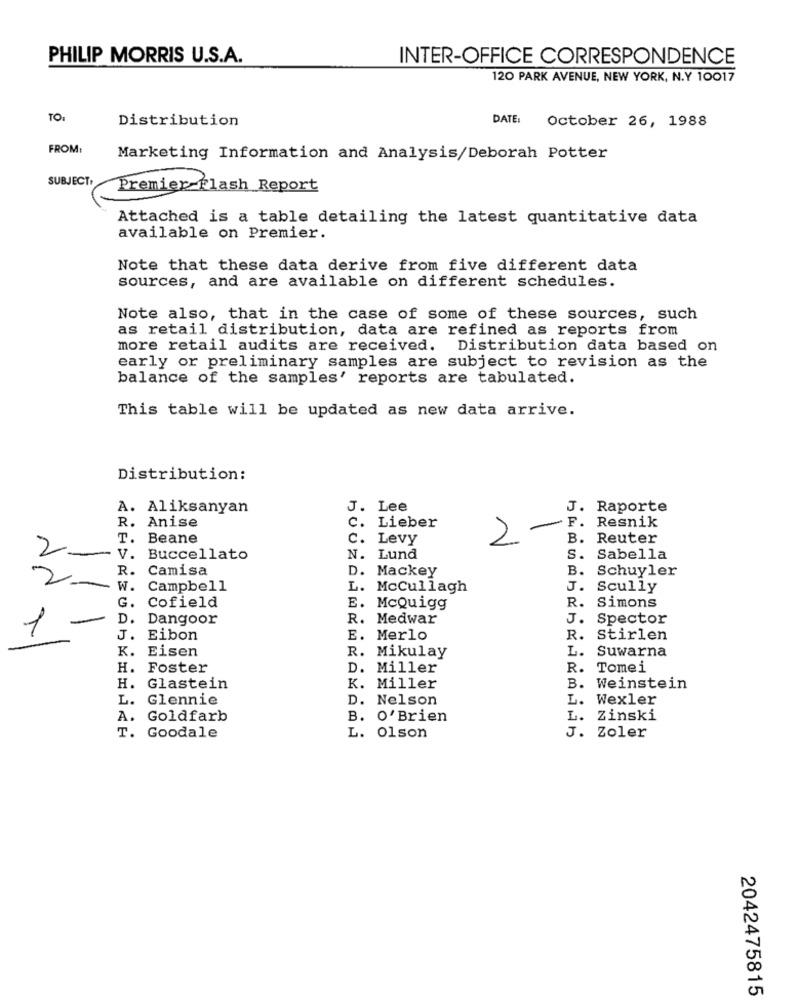
PHILIP MORRIS U.S.A.
INTER-OFFICE CORRESPONDENCE
120 PARK AVENUE, NEW YORK, N.Y 10017
TO:
Distribution
DATE:
October 26, 1988
FROM:
Marketing Information and Analysis/Deborah Potter
SUBJECT:
Premier-Flash Report
Attached is a table detailing the latest quantitative data
available on Premier.
Note that these data derive from five different data
sources, and are available on different schedules.
Note also, that in the case of some of these sources, such
as retail distribution, data are refined as reports from
more retail audits are received. Distribution data based on
early or preliminary samples are subject to revision as the
balance of the samples' reports are tabulated.
This table will be updated as new data arrive.
Distribution:
400
A. Aliksanyan
J. Lee
J. Raporte
C. Lieber
R. Anise
F. Resnik
T. Beane
C. Levy
2
B. Reuter
2
V. Buccellato
N. Lund
S. Sabella
R. Camisa
D. Mackey
B. Schuyler
2
W. Campbell
L. McCullagh
J. Scully
G. Cofield
E. McQuigg
R. Simons
D. Dangoor
R. Medwar
J. Spector
1 -
J. Eibon
E. Merlo
R. Stirlen
K. Eisen
R. Mikulay
L. Suwarna
H. Foster
D. Miller
R. Tomei
H. Glastein
K. Miller
B. Weinstein
L. Glennie
D. Nelson
L.
Wexler
A. Goldfarb
B. O'Brien
L.
Zinski
T. Goodale
L. Olson
J. Zoler
2042475815